Indian journal of veterinary science and animal husbandry - Volume 3,
Year: 1933
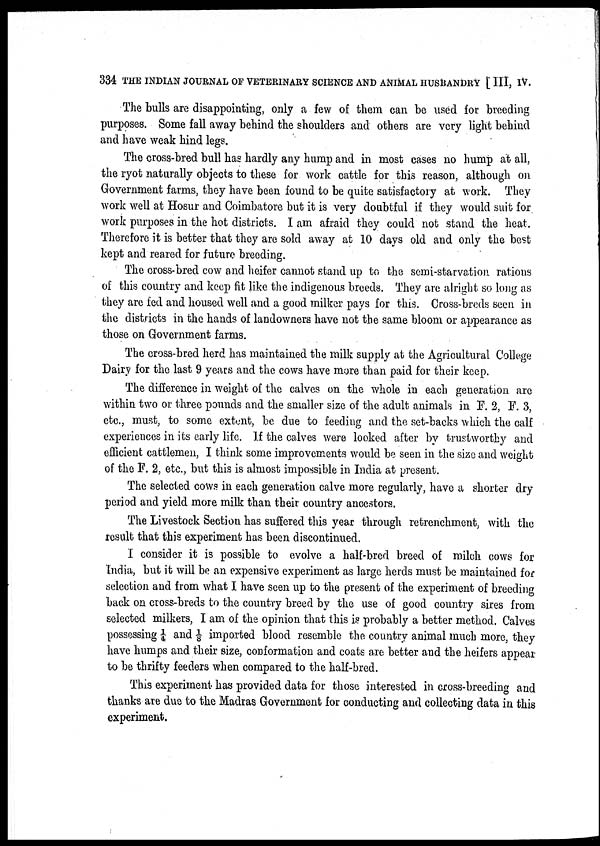
334 THE INDIAN JOURNAL OF VETERINARY SCIENCE AND ANIMAL HUSBANDRY [ III, IV.
The bulls are disappointing, only a few of them can be used for breeding
purposes. Some fall away behind the shoulders and others are very light behind
and have weak hind legs.
The cross-bred bull has hardly any hump and in most cases no hump at all,
the ryot naturally objects to these for work cattle for this reason, although on
Government farms, they have been found to be quite satisfactory at work. They
work well at Hosur and Coimbatore but it is very doubtful if they would suit for
work purposes in the hot districts. I am afraid they could not stand the heat.
Therefore it is better that they are sold away at 10 days old and only the best
kept and reared for future breeding.
The cross-bred cow and heifer cannot stand up to the semi-starvation rations
of this country and keep fit like the indigenous breeds. They are alright so long as
they are fed and housed well and a good milker pays for this. Cross-breds seen in
the districts in the hands of landowners have not the same bloom or appearance as
those on Government farms.
The cross-bred herd has maintained the milk supply at the Agricultural College
Dairy for the last 9 years and the cows have more than paid for their keep.
The difference in weight of the calves on the whole in each generation are
within two or three pounds and the smaller size of the adult animals in F. 2, F. 3,
etc., must, to some extent, be due to feeding and the set-backs which the calf
experiences in its early life. If the calves were looked after by trustworthy and
efficient cattlemen, I think some improvements would be seen in the size and weight
of the F. 2, etc., but this is almost impossible in India at present.
The selected cows in each generation calve more regularly, have a shorter dry
period and yield more milk than their country ancestors.
The Livestock Section has suffered this year through retrenchment, with the
result that this experiment has been discontinued.
I consider it is possible to evolve a half-bred breed of milch cows for
India, but it will be an expensive experiment as large herds must be maintained for
selection and from what I have seen up to the present of the experiment of breeding
back on cross-breds to the country breed by the use of good country sires from
selected milkers, I am of the opinion that this is probably a better method. Calves
possessing ¼ and 1/8 imported blood resemble the country animal much more, they
have humps and their size, conformation and coats are better and the heifers appear
to be thrifty feeders when compared to the half-bred.
This experiment has provided data for those interested in cross-breeding and
thanks are due to the Madras Government for conducting and collecting data in this
experiment.